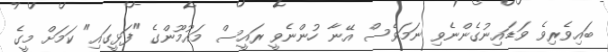
ބައިވެރިވެ ވަޑައިނުގެންނެވި ނަމަވެސް އޭނާ ހުންނެވީ ރައީސް މައުމޫންގެ "ފަޅީގައި" ކަމަށް މީގެ